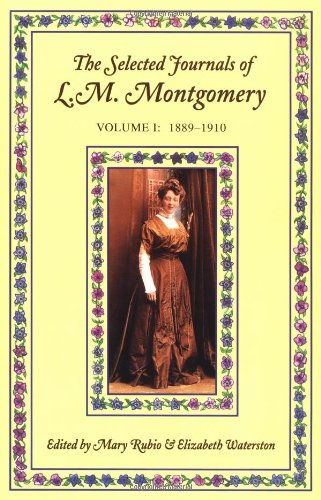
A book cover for The Selected Journals of L.M. Montgomery, Vol. 1: 1889-1910; L. M. Montgomery; Biographies & Memoirs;